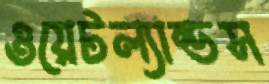
ওয়েটল্যান্ডস